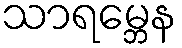
သာရမ္ဘေန